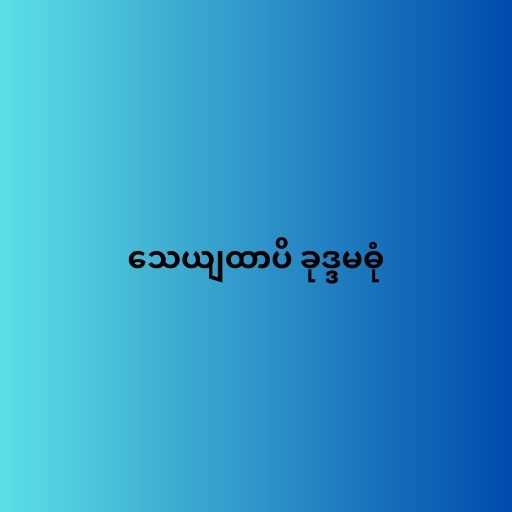
သေယျထာပိ ခုဒ္ဒမဓုံ